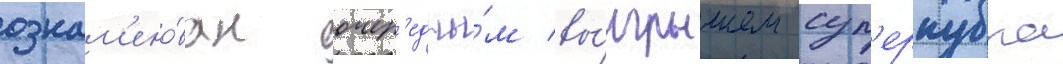
ознам'ено́ван очер'едны́м вы́игрышем суп'еркубка